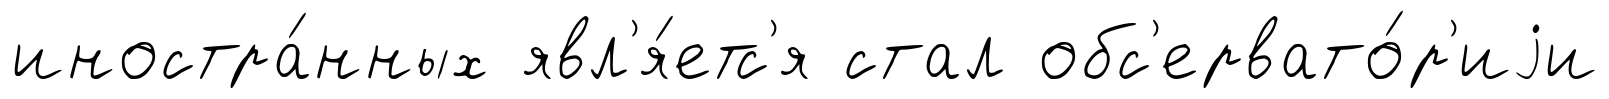
иностра́нных явл'я́етс'я стал обс'ервато́р'иjи